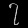
Digit: ၇